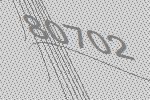
80702